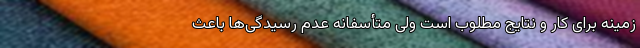
زمینه برای کار و نتایج مطلوب است ولی متأسفانه عدم رسیدگی‌ها باعث